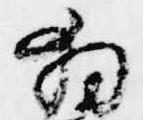
拝